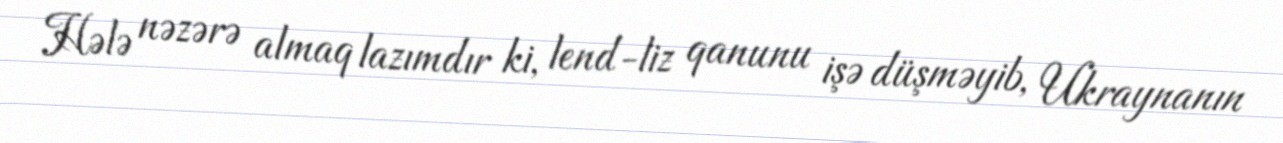
Hələ nəzərə almaq lazımdır ki, lend-liz qanunu işə düşməyib, Ukraynanın